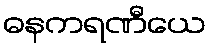
ဓနကရဏီယေ